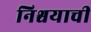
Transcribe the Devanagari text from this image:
निश्चयाची